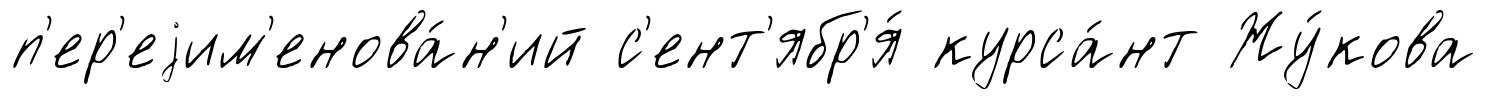
п'ер'еjим'енова́н'ий с'ент'ябр'я́ курса́нт Жу́кова